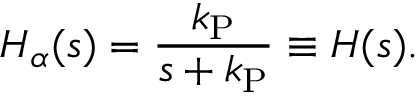
H _ { \alpha } ( s ) = \frac { k _ { \mathrm { P } } } { s + k _ { \mathrm { P } } } \equiv H ( s ) .